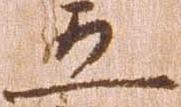
五